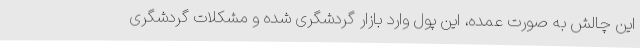
این چالش به صورت عمده، این پول وارد بازار گردشگری شده و مشکلات گردشگری